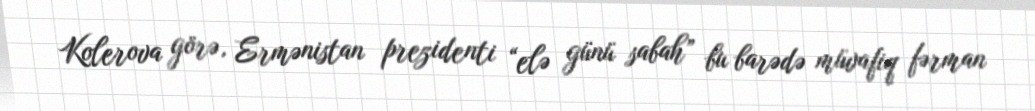
Kolerova görə, Ermənistan prezidenti “elə günü sabah” bu barədə müvafiq fərman